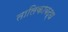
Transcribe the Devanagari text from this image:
तालिकाबद्ध